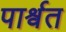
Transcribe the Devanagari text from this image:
पार्श्वत